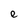
Character: e